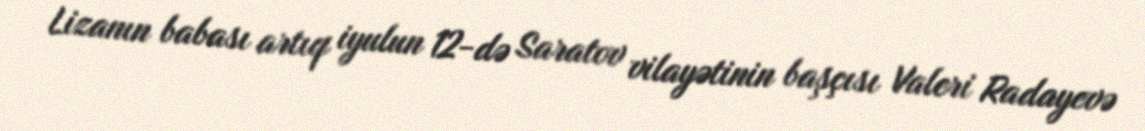
Lizanın babası artıq iyulun 12-də Saratov vilayətinin başçısı Valeri Radayevə